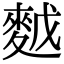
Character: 𪌙